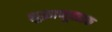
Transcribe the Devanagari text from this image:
शुक्राणूवाहक